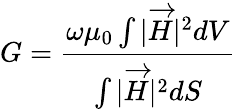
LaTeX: G={\frac{\omega\mu_{0}\int{|{\overrightarrow{H}}|^{2}dV}}{\int{|{\overrightarrow{H}}|^{2}dS}}}